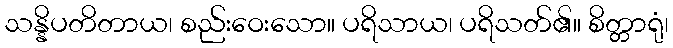
သန္နိပတိတာယ၊ စည်းဝေးသော။ ပရိသာယ၊ ပရိသတ်၏။ စိတ္တာရုံ၊